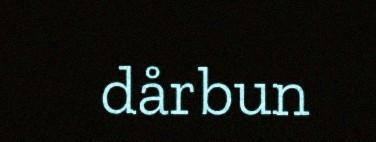
dårbun